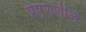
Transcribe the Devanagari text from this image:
प्रेषणशील